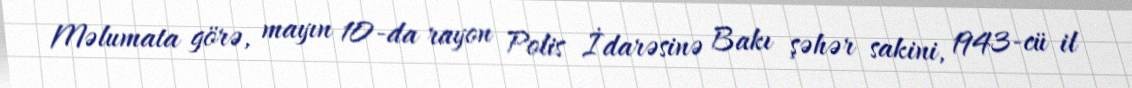
Məlumata görə, mayın 10-da rayon Polis İdarəsinə Bakı şəhər sakini, 1943-cü il